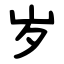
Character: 岁